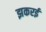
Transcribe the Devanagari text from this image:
झकरई